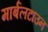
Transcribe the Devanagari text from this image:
मार्बलटाउन